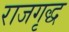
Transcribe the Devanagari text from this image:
राजगृद्ध